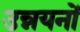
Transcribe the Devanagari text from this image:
उन्नयनों